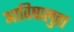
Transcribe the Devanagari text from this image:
आविषालुता